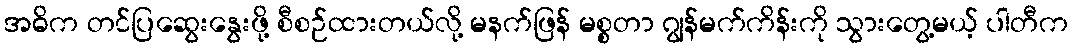
အဓိက တင်ပြဆွေးနွေးဖို့ စီစဉ်ထားတယ်လို့ မနက်ဖြန် မစ္စတာ ဂျွန်မက်ကိန်းကို သွားတွေ့မယ့် ပါတီက